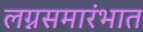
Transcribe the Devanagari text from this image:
लग्नसमारंभात